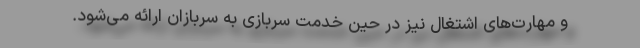
و مهارت‌های اشتغال نیز در حین خدمت سربازی به سربازان ارائه می‌شود.